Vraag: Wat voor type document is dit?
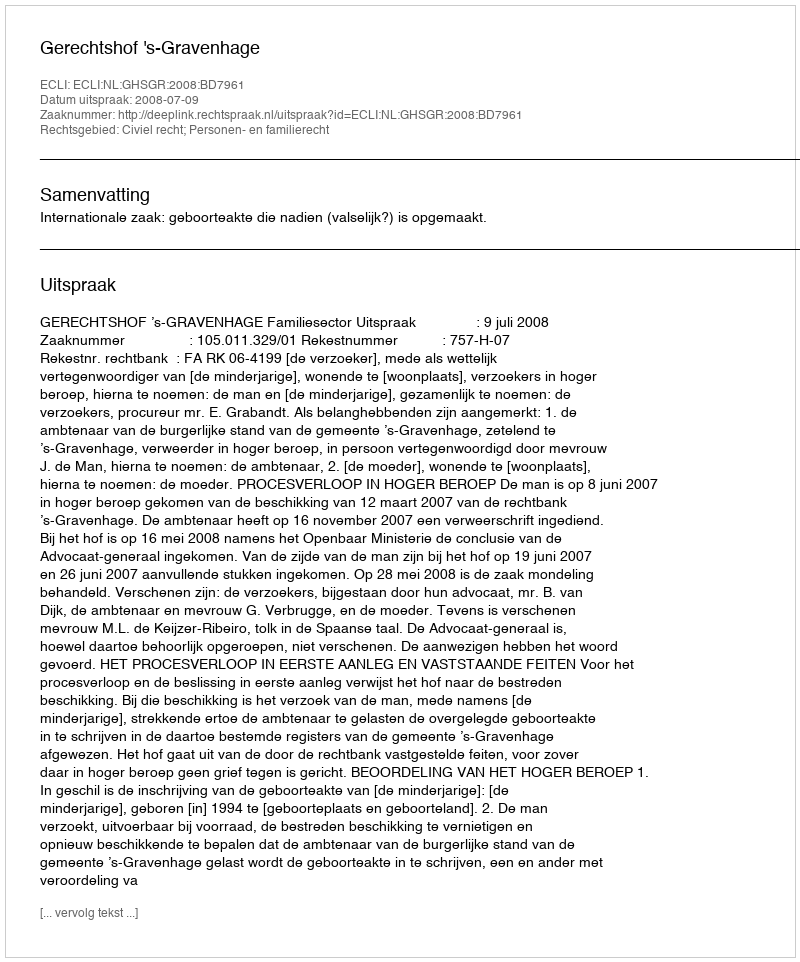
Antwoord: Uitspraak